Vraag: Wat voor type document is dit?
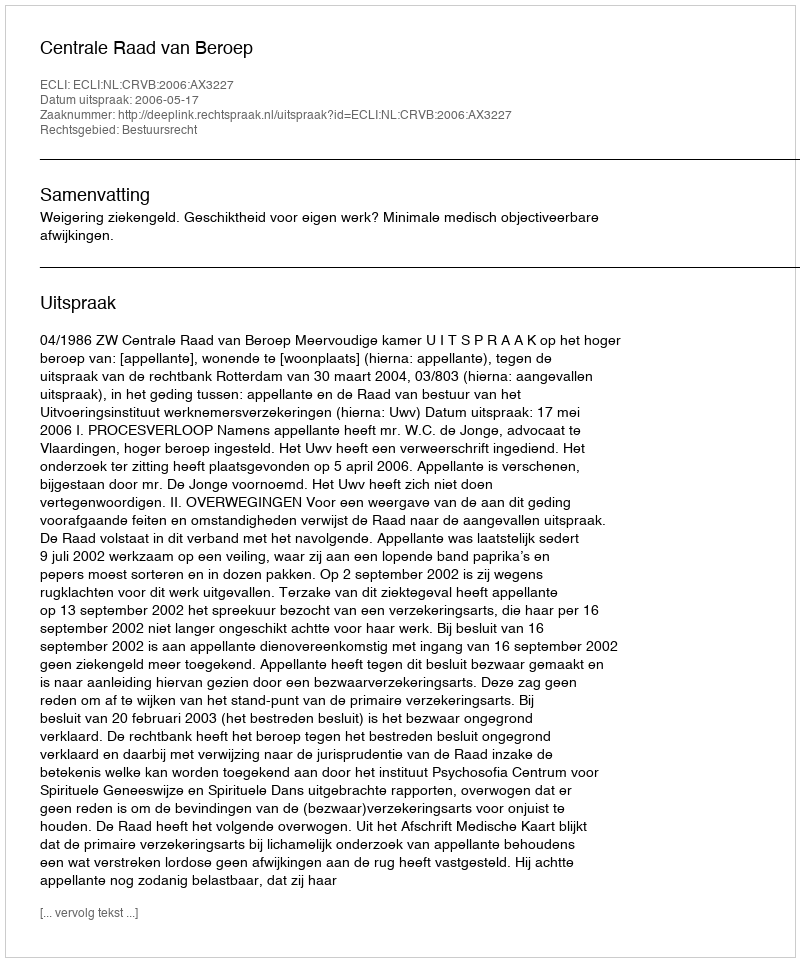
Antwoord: Uitspraak